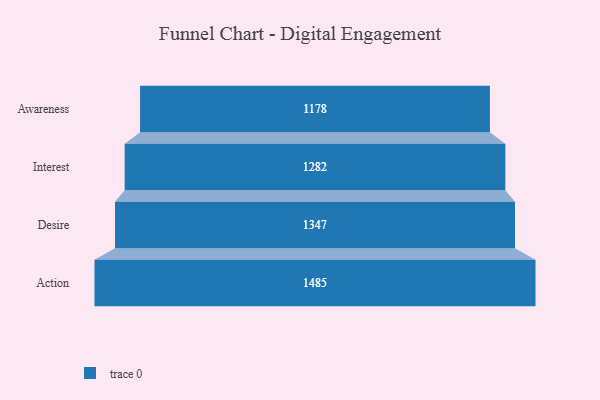
{"axis": {"x": "Stage", "y": "Value"}, "legend": [""], "data": [{"x": "Awareness", "y": 1178.0, "type": ""}, {"x": "Interest", "y": 1282.0, "type": ""}, {"x": "Desire", "y": 1347.0, "type": ""}, {"x": "Action", "y": 1485.0, "type": ""}]}